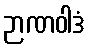
ဉာဏဝါဒံ